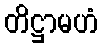
တိဋ္ဌာမဟံ